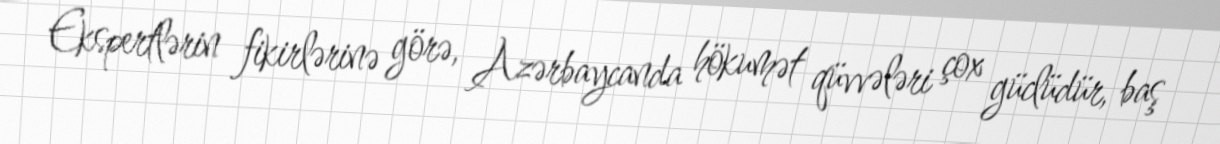
Ekspertlərin fikirlərinə görə, Azərbaycanda hökumət qüvvələri çox güclüdür, baş